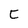
Character: C